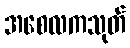
အစေလကသုတ်